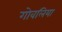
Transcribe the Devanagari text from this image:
गोवलिया